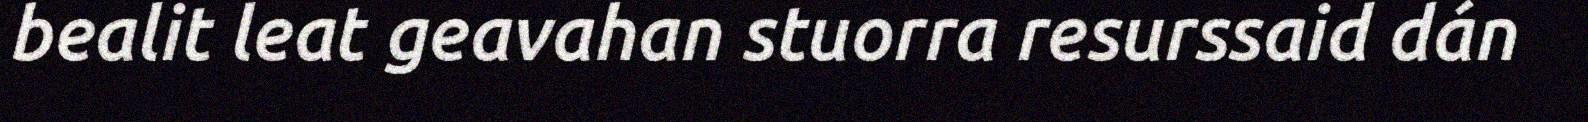
bealit leat geavahan stuorra resurssaid dán